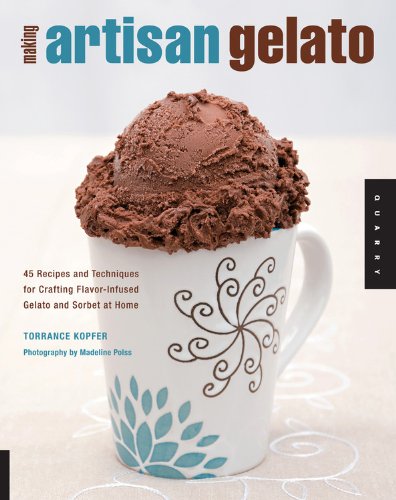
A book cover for Making Artisan Gelato: 45 Recipes and Techniques for Crafting Flavor-Infused Gelato and Sorbet at Home; Torrance Kopfer; Cookbooks, Food & Wine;